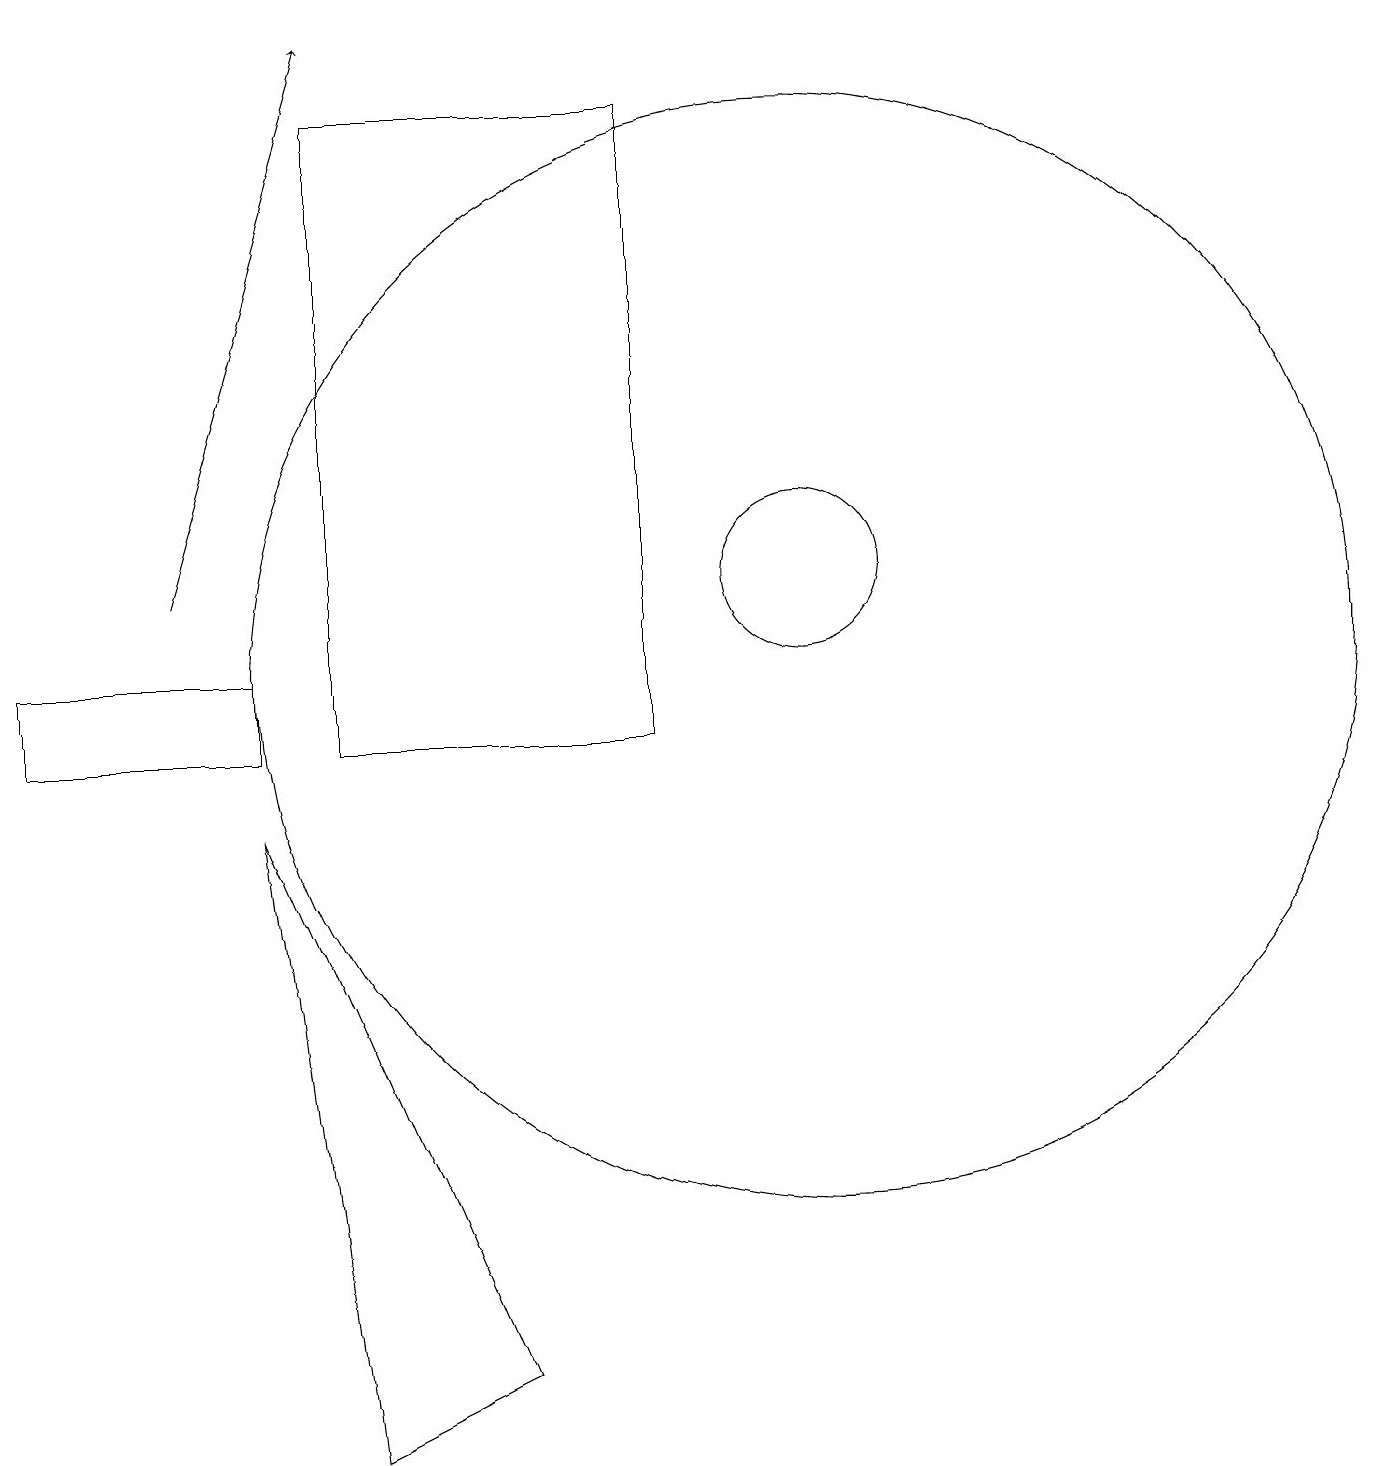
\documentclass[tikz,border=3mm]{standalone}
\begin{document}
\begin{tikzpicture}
\draw[->] (2,12) -- (4,19);
\draw (10,11) circle (7);
\draw (3,10) rectangle (0,11);
\draw (10,12) circle (1);
\draw (6,2) -- (3,9) -- (4,1) -- cycle;
\draw (8,18) rectangle (4,10);
\draw (11,12) circle (0);
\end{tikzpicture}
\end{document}